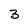
Character: 3